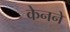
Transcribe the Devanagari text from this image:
केनने